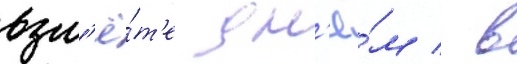
взл'ё́т'е дн'ё́м / в